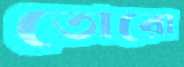
তোরো